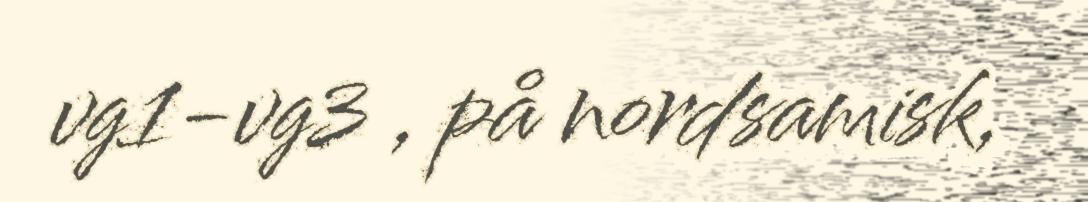
vg1-vg3 , på nordsamisk,